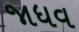
જાધવ